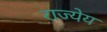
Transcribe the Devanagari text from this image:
राज्येय